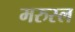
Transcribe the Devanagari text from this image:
मरुस्ल